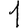
Digit: 1